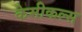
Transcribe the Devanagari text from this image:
केमीकल्स